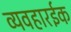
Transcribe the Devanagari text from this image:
व्यवहारईक